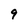
Character: 9